Calcutta medical institutions reports 1871-78
Year: 1871
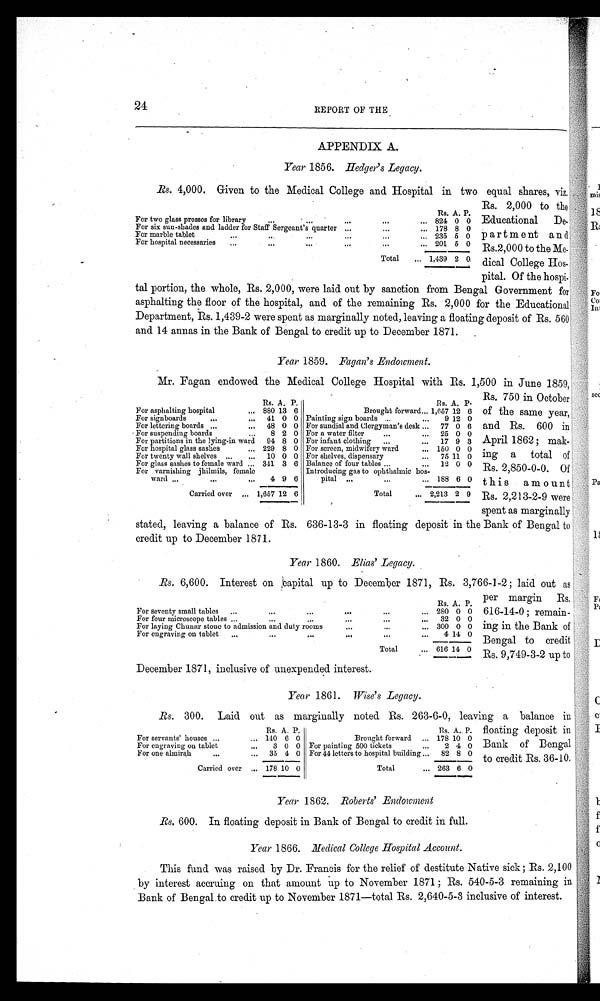
24
REPORT OF THE
APPENDIX A.
Year 185 6. Hedger's Legacy.
Rs. 4,000. Given to the Medical College and Hospital in two equal shares, viz.
Rs. 2,000 to the
Educational De
-partment
and
Rs.2,000 to the Me
-dical College Hos-
pital. Of the hospi-
tal portion, the whole, Rs. 2,000, were laid out by sanction from Bengal Government for
asphalting the floor of the hospital, and of the remaining Rs. 2,000 for the Educational
Department, Rs. 1,439-2 were spent as marginally noted, leaving a floating deposit of Rs. 560
and 14 annas in the Bank of Bengal to credit up to December 1871.
Year 1859. Fagan's Endowment.
Mr. Fagan endowed the Medical College Hospital with Rs. 1,500 in June 1859,
Rs. 750 in October
of the same year,
and Rs. 600 in
April 1862; mak
-ing
a
total
of
Rs. 2,850-0-0. Of
this amount
Rs. 2,213-2-9 were
spent as marginally
stated, leaving a balance of Rs. 636-13-3 in floating deposit in the Bank of' Bengal to
credit up to December 1871.
Year 1860. Elias' Legacy.
Rs. A. P.
For seventy small tables
...
...
... 280 0 0
For four microscope tables
...
...
... 32 0 0
For laying Chunar stone to admission and duty rooms
...
...
... 300 0 0
For engraving on tablet
...
...
...
4 14 0
Total
... 616 14 0
Year 1861. Wise's Legacy.
Rs. 300. Laid out as marginally noted Rs. 263-6-0, leaving a balance in
floating deposit in
Bank of Bengal
to credit Rs. 36-10.
Year 1862. Roberts' Endowment
E
Rs.600. In floating deposit in Bank of Bengal to credit in full.
Year 1866. Medical College Hospital Account.
This fund was raised by Dr. Francis for the relief of destitute Native sick; Rs. 2,100
by interest accruing on that amount up to November 1871; Rs. 540-5-3 remaining in
Bank of Bengal to credit up to November 1871—total Rs. 2,640-5-3 inclusive of interest.
Rs. A. P.
For two glass presses for library
...
...
... 824 0 0
For six sun-shades and ladder for Staff Sergeant's quarter ...
...
... 178 8 0
For marble tablet
...
...
... 235 6 0
For hospital necessaries
...
...
... 201 5 0
Total
... 1,439 2 0
Rs. A. P.
Rs. A. P.
For asphalting hospital
880 13 6
Brought forward 1,657 12 6
For signboards
41 0 0 Painting sign boards
9 12 0
For lettering boards
48 0 0 For sundial and Clergyman's desk
77 0 6
For suspending boards
8 2 0 For a water filter
25 0 0
For partitions in the lying-in ward 94 8 0 For infant clothing
17 9 3
For hospital glass sashes
229 8 0 For screen, midwifery ward
150 0 0
For twenty wall shelves
10 0 0 For shelves, dispensary
75 11 0
For glass sashes to female ward
341 3 6 Balance of four tables
12 0 0
For varnishing jhilmils, female
ward
4 9 6
Introducing gas to ophthalmic hos-
pital
188 6 0
Carried over
1,657 12 6
Total
2,213 2 9
Rs. 6,600. Interest on :capital up to December 1871, Rs. 3,766-1-2; laid out as
per margin Rs,
616-14-0; remain
-ing in the Bank of
Bengal to credit
Rs. 9,749-3-2 up to
December 1871, inclusive of unexpended interest.
Rs. A. P.
R s . A. P.
For servants' houses
140 6 0
Brought forward
178 10 0
For engraving on tablet
3 0 0 For painting 500 tickets
2 4 0
For one almirah
35 4 0 For 44 letters to hospital building
82 8 0
Carried over
178 10 0
Total
263 6 00